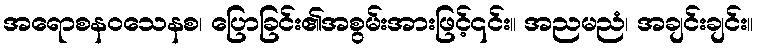
အရောစနဝသေနစ၊ ပြောခြင်း၏အစွမ်းအားဖြင့်၎င်း။ အညမညံ၊ အချင်းချင်း။